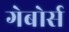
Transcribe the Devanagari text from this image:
गेबोर्स